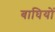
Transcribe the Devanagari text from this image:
बाघियों